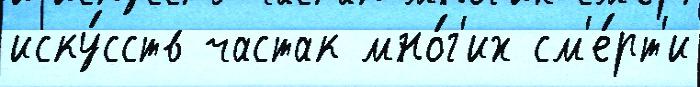
иску́сств частак мно́г'их см'е́рт'и